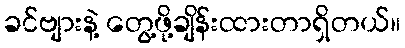
ခင်ဗျားနဲ့ တွေ့ဖို့ချိန်းထားတာရှိတယ်။